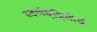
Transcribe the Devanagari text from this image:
स्वर्णवृष्टितीर्थ